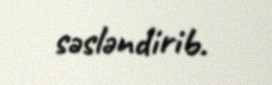
səsləndirib.